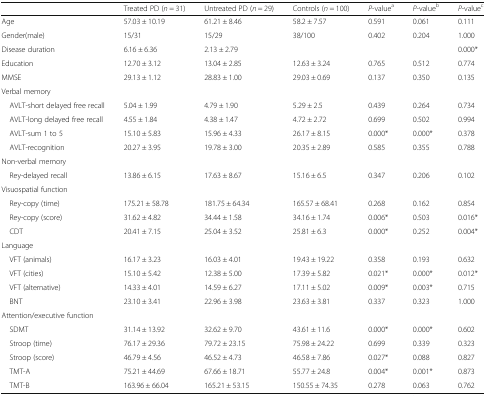
<table><thead><tr><td></td><td><b>Treated PD (<i>n</i> = 31)</b></td><td><b>Untreated PD (<i>n</i> = 29)</b></td><td><b>Controls (<i>n</i> = 100)</b></td><td><b><i>P</i>-value<sup>a</sup></b></td><td><b><i>P</i>-value<sup>b</sup></b></td><td><b><i>P</i>-value<sup>c</sup></b></td></tr></thead><tbody><tr><td>Age</td><td>57.03 ± 10.19</td><td>61.21 ± 8.46</td><td>58.2 ± 7.57</td><td>0.591</td><td>0.061</td><td>0.111</td></tr><tr><td>Gender(male)</td><td>15/31</td><td>15/29</td><td>38/100</td><td>0.402</td><td>0.204</td><td>1.000</td></tr><tr><td>Disease duration</td><td>6.16 ± 6.36</td><td>2.13 ± 2.79</td><td></td><td></td><td></td><td>0.000*</td></tr><tr><td>Education</td><td>12.70 ± 3.12</td><td>13.04 ± 2.85</td><td>12.63 ± 3.24</td><td>0.765</td><td>0.512</td><td>0.774</td></tr><tr><td>MMSE</td><td>29.13 ± 1.12</td><td>28.83 ± 1.00</td><td>29.03 ± 0.69</td><td>0.137</td><td>0.350</td><td>0.135</td></tr><tr><td colspan="7">Verbal memory</td></tr><tr><td> AVLT-short delayed free recall</td><td>5.04 ± 1.99</td><td>4.79 ± 1.90</td><td>5.29 ± 2.5</td><td>0.439</td><td>0.264</td><td>0.734</td></tr><tr><td> AVLT-long delayed free recall</td><td>4.55 ± 1.84</td><td>4.38 ± 1.47</td><td>4.72 ± 2.72</td><td>0.699</td><td>0.502</td><td>0.994</td></tr><tr><td> AVLT-sum 1 to 5</td><td>15.10 ± 5.83</td><td>15.96 ± 4.33</td><td>26.17 ± 8.15</td><td>0.000*</td><td>0.000*</td><td>0.378</td></tr><tr><td> AVLT-recognition</td><td>20.27 ± 3.95</td><td>19.78 ± 3.00</td><td>20.35 ± 2.89</td><td>0.585</td><td>0.355</td><td>0.788</td></tr><tr><td colspan="7">Non-verbal memory</td></tr><tr><td> Rey-delayed recall</td><td>13.86 ± 6.15</td><td>17.63 ± 8.67</td><td>15.16 ± 6.5</td><td>0.347</td><td>0.206</td><td>0.102</td></tr><tr><td colspan="7">Visuospatial function</td></tr><tr><td> Rey-copy (time)</td><td>175.21 ± 58.78</td><td>181.75 ± 64.34</td><td>165.57 ± 68.41</td><td>0.268</td><td>0.162</td><td>0.854</td></tr><tr><td> Rey-copy (score)</td><td>31.62 ± 4.82</td><td>34.44 ± 1.58</td><td>34.16 ± 1.74</td><td>0.006*</td><td>0.503</td><td>0.016*</td></tr><tr><td> CDT</td><td>20.41 ± 7.15</td><td>25.04 ± 3.52</td><td>25.81 ± 6.3</td><td>0.000*</td><td>0.252</td><td>0.004*</td></tr><tr><td colspan="7">Language</td></tr><tr><td> VFT (animals)</td><td>16.17 ± 3.23</td><td>16.03 ± 4.01</td><td>19.43 ± 19.22</td><td>0.358</td><td>0.193</td><td>0.632</td></tr><tr><td> VFT (cities)</td><td>15.10 ± 5.42</td><td>12.38 ± 5.00</td><td>17.39 ± 5.82</td><td>0.021*</td><td>0.000*</td><td>0.012*</td></tr><tr><td> VFT (alternative)</td><td>14.33 ± 4.01</td><td>14.59 ± 6.27</td><td>17.11 ± 5.02</td><td>0.009*</td><td>0.003*</td><td>0.715</td></tr><tr><td> BNT</td><td>23.10 ± 3.41</td><td>22.96 ± 3.98</td><td>23.63 ± 3.81</td><td>0.337</td><td>0.323</td><td>1.000</td></tr><tr><td colspan="7">Attention/executive function</td></tr><tr><td> SDMT</td><td>31.14 ± 13.92</td><td>32.62 ± 9.70</td><td>43.61 ± 11.6</td><td>0.000*</td><td>0.000*</td><td>0.602</td></tr><tr><td> Stroop (time)</td><td>76.17 ± 29.36</td><td>79.72 ± 23.15</td><td>75.98 ± 24.22</td><td>0.699</td><td>0.339</td><td>0.323</td></tr><tr><td> Stroop (score)</td><td>46.79 ± 4.56</td><td>46.52 ± 4.73</td><td>46.58 ± 7.86</td><td>0.027*</td><td>0.088</td><td>0.827</td></tr><tr><td> TMT-A</td><td>75.21 ± 44.69</td><td>67.66 ± 18.71</td><td>55.77 ± 24.8</td><td>0.004*</td><td>0.001*</td><td>0.873</td></tr><tr><td> TMT-B</td><td>163.96 ± 66.04</td><td>165.21 ± 53.15</td><td>150.55 ± 74.35</td><td>0.278</td><td>0.063</td><td>0.762</td></tr></tbody></table>